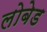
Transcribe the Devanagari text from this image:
लोबेड